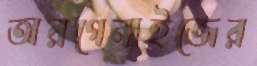
অরগেনাইজের